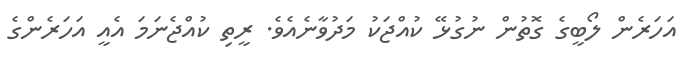
އަހަރެން ލޯބީގެ ގޮތުން ނުގުޅޭ ކުއްޖަކު މަދުވާނެއެވެ. ރީތި ކުއްޖެނަމަ އެއީ އަހަރެންގެ